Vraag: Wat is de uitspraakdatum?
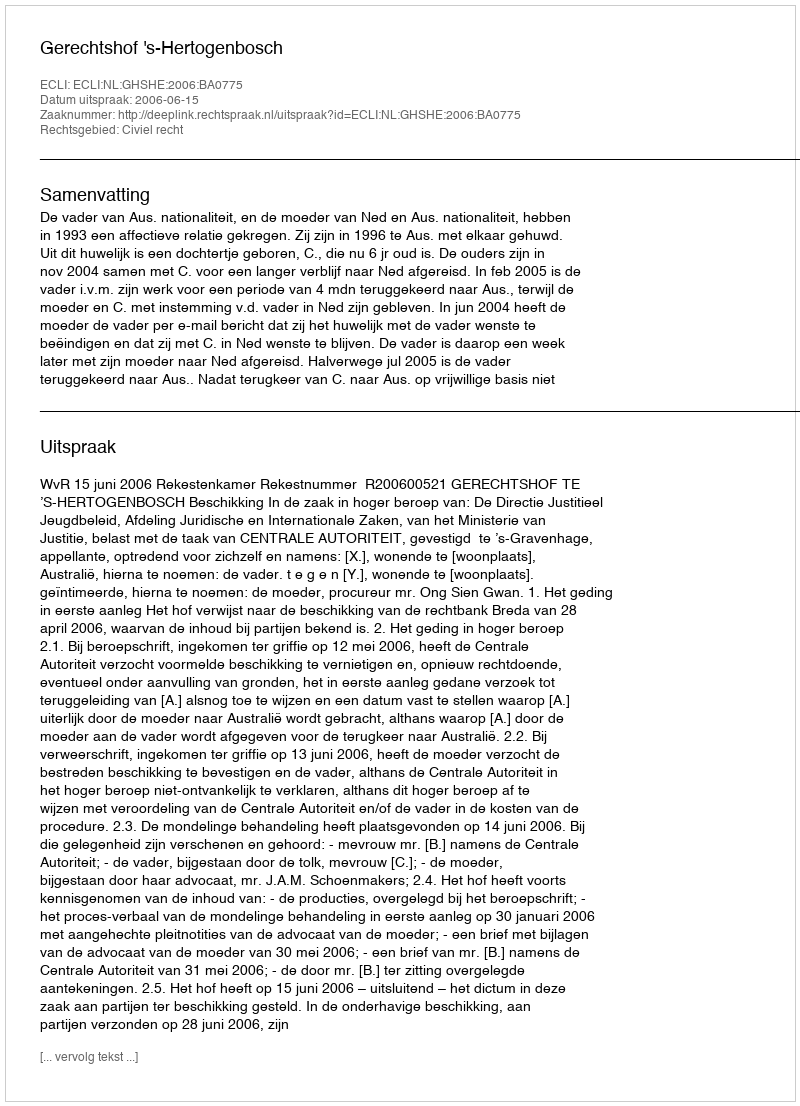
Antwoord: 2006-06-15